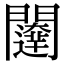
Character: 𮤨